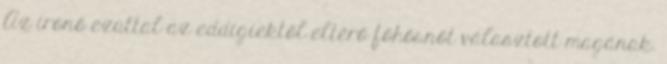
Az írónő ezúttal az eddigiektől eltérő főhősnőt választott magának.